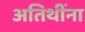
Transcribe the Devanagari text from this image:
अतिथींना